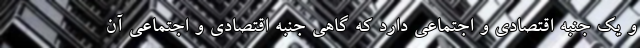
و یک جنبه اقتصادی و اجتماعی دارد که گاهی جنبه اقتصادی و اجتماعی آن